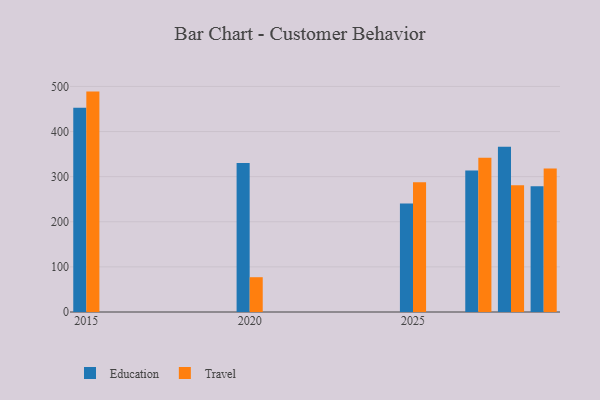
{"axis": {"x": "Year", "y": "Operating Costs (USD K)"}, "legend": ["Education", "Travel"], "data": [{"x": "2015", "y": 452.9, "type": "Education"}, {"x": "2015", "y": 488.5, "type": "Travel"}, {"x": "2025", "y": 240.7, "type": "Education"}, {"x": "2025", "y": 287.4, "type": "Travel"}, {"x": "2028", "y": 366.4, "type": "Education"}, {"x": "2028", "y": 280.9, "type": "Travel"}, {"x": "2027", "y": 313.7, "type": "Education"}, {"x": "2027", "y": 341.7, "type": "Travel"}, {"x": "2029", "y": 278.9, "type": "Education"}, {"x": "2029", "y": 318.1, "type": "Travel"}, {"x": "2020", "y": 330.4, "type": "Education"}, {"x": "2020", "y": 77.1, "type": "Travel"}]}